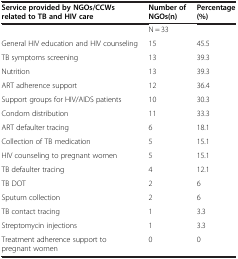
<table><thead><tr><td><b>Service provided by NGOs/CCWs related to TB and HIV care</b></td><td><b>Number of NGOs(n)</b></td><td><b>Percentage (%)</b></td></tr></thead><tbody><tr><td> </td><td>N = 33</td><td> </td></tr><tr><td>General HIV education and HIV counseling</td><td>15</td><td>45.5</td></tr><tr><td>TB symptoms screening</td><td>13</td><td>39.3</td></tr><tr><td>Nutrition</td><td>13</td><td>39.3</td></tr><tr><td>ART adherence support</td><td>12</td><td>36.4</td></tr><tr><td>Support groups for HIV/AIDS patients</td><td>10</td><td>30.3</td></tr><tr><td>Condom distribution</td><td>11</td><td>33.3</td></tr><tr><td>ART defaulter tracing</td><td>6</td><td>18.1</td></tr><tr><td>Collection of TB medication</td><td>5</td><td>15.1</td></tr><tr><td>HIV counseling to pregnant women</td><td>5</td><td>15.1</td></tr><tr><td>TB defaulter tracing</td><td>4</td><td>12.1</td></tr><tr><td>TB DOT</td><td>2</td><td>6</td></tr><tr><td>Sputum collection</td><td>2</td><td>6</td></tr><tr><td>TB contact tracing</td><td>1</td><td>3.3</td></tr><tr><td>Streptomycin injections</td><td>1</td><td>3.3</td></tr><tr><td>Treatment adherence support to pregnant women</td><td>0</td><td>0</td></tr></tbody></table>